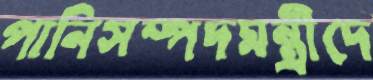
পানিসম্পদমন্ত্রীদে